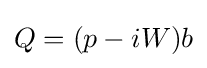
Q=(p-iW)b